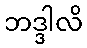
ဘဒ္ဒါလိ